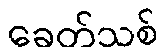
ခေတ်သစ်